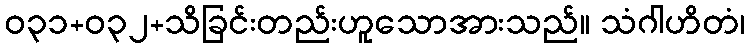
ဝ၃၁+၀၃၂+သိခြင်းတည်းဟူသောအားသည်။ သံဂါဟိတံ၊